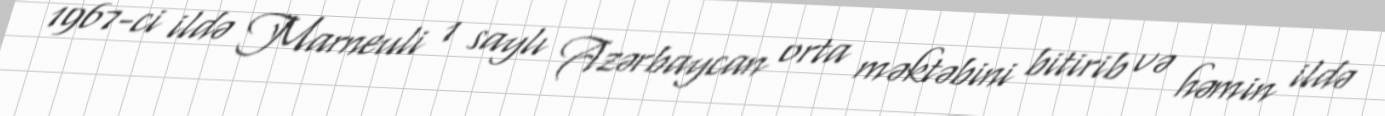
1967-ci ildə Marneuli 1 saylı Azərbaycan orta məktəbini bitirib və həmin ildə